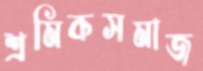
শ্রমিকসমাজ